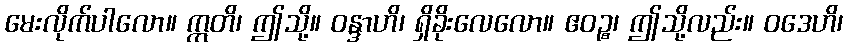
မေးလိုက်ပါလော။ ဣတိ၊ ဤသို့။ ဝန္ဒာဟိ၊ ရှိခိုးလေလော။ ဧဝဉ္စ၊ ဤသို့လည်း။ ဝဒေဟိ၊